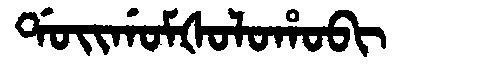
Manchu: ᡩᠣᡳᡤᠣᠮᡧᠣᠯᠣᡥᠣᠪᡳ
Romanization: DOIGOMŠOLOHOBI